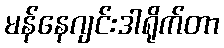
မန်နေဂျင်းဒါရိုက်တာ